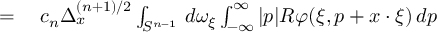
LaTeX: \begin{array} { r l } { = { } } & { { } c _ { n } \Delta _ { x } ^ { ( n + 1 ) / 2 } \int _ { S ^ { n - 1 } } \, d \omega _ { \xi } \int _ { - \infty } ^ { \infty } | p | R \varphi ( \xi , p + x \cdot \xi ) \, d p } \end{array}